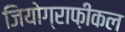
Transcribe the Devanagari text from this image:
जियोग्राफ़ीकल